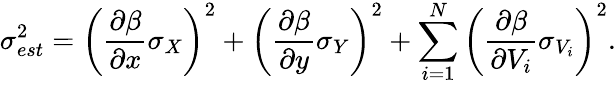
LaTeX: \sigma_{est}^{2}=\left(\frac{\partial\beta}{\partial x}\sigma_{X}\right)^{2}+\left(\frac{\partial\beta}{\partial y}\sigma_{Y}\right)^{2}+\sum_{i=1}^{N}\left(\frac{\partial\beta}{\partial V_{i}}\sigma_{V_{i}}\right)^{2}.